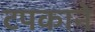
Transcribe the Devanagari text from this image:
टपकाने